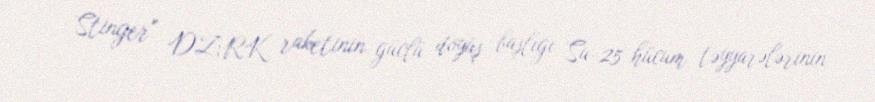
Stinger" DZRK raketinin güclü döyüş başlığı Su-25 hücum təyyarələrinin